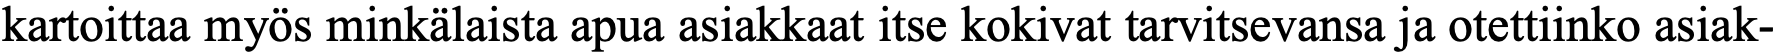
kartoittaa myös minkälaista apua asiakkaat itse kokivat tarvitsevansa ja otettiinko asiak-